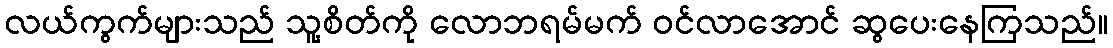
လယ်ကွက်များသည် သူ့စိတ်ကို လောဘရမ်မက် ဝင်လာအောင် ဆွပေးနေကြသည်။